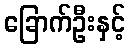
ခြောက်ဦးနှင့်